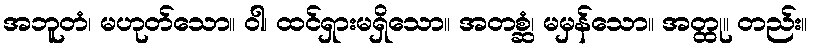
အဘူတံ၊ မဟုတ်သော။ ဝါ၊ ထင်ရှားမရှိသော။ အတစ္ဆံ၊ မမှန်သော။ အတ္ထု။ တည်း။